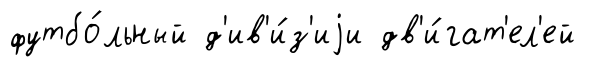
футбо́льный д'ив'и́з'иjи дв'и́гат'ел'ей